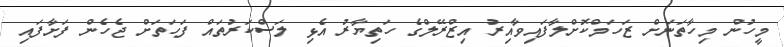
މީހުން މިހާތަނަށް ޒަހަމްކޮށްލާފައިވާއިރު އިޒްރޭލްގެ ހަތިޔާރު އެޅި ލަސްކަރުތައް ފަހަތަށް ޖެހެން ފަށާފައި